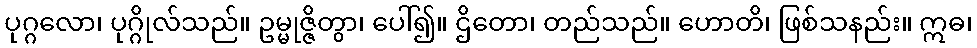
ပုဂ္ဂလော၊ ပုဂ္ဂိုလ်သည်။ ဥမ္မုဇ္ဇိတွာ၊ ပေါ်၍။ ဌိတော၊ တည်သည်။ ဟောတိ၊ ဖြစ်သနည်း။ ဣဓ၊